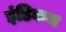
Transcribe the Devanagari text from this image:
इंडिकम